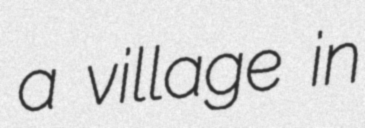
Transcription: a village in